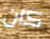
كان